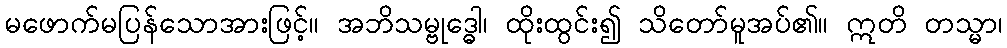
မဖောက်မပြန်သောအားဖြင့်။ အဘိသမ္ဗုဒ္ဓေါ၊ ထိုးထွင်း၍ သိတော်မူအပ်၏။ ဣတိ တသ္မာ၊